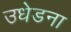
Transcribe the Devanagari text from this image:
उधेडना